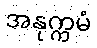
အနုက္ကမံ